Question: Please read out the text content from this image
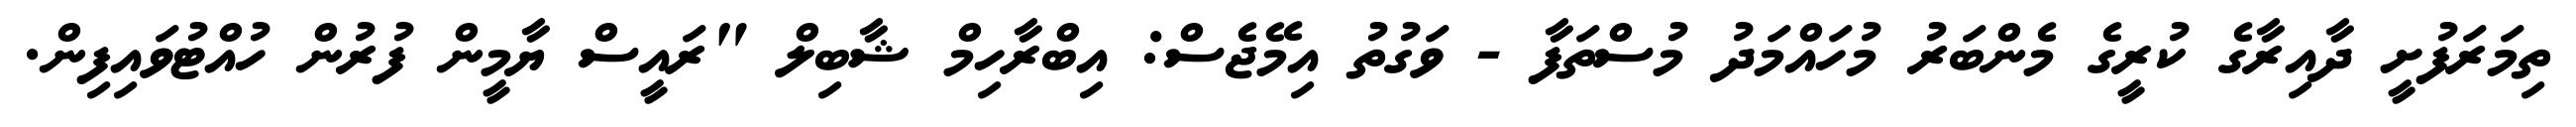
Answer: ތިމަރަފުށީ ދާއިރާގެ ކުރީގެ މެންބަރު މުހައްމަދު މުސްތަފާ - ވަގުތު އިމޭޖެސް: އިބްރާހިމް ޝާބިލް "ރައީސް ޔާމީން ފުރުން ހުއްޓުވައިފިން.